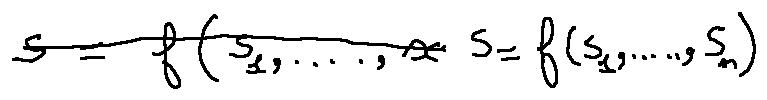
s = f ( s _ { 1 } , \ldots , s _ { n } )